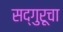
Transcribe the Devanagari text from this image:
सद्गुरूचा